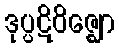
ဒုပ္ပဋိဝိဇ္ဈော